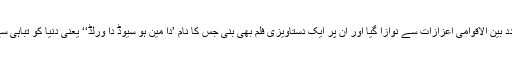
اس کارنامے پر انہیں متعدد بین الاقوامی اعزازات سے نوازا گیا اور ان پر ایک دستاویزی فلم بھی بنی جس کا نام ’دا مین ہو سیوڈ دا ورلڈ‘‘ یعنی دنیا کو تباہی سے بچانے والا شخص ہے۔